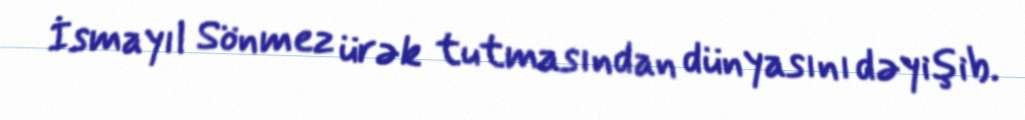
İsmayıl Sönmez ürək tutmasından dünyasını dəyişib.